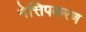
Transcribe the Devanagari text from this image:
नेत्तिपकरण